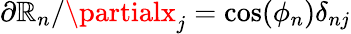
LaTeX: {\partial\mathbb{R}_{n}}/{\partialx_{j}}=\cos(\phi_{n})\delta_{nj}